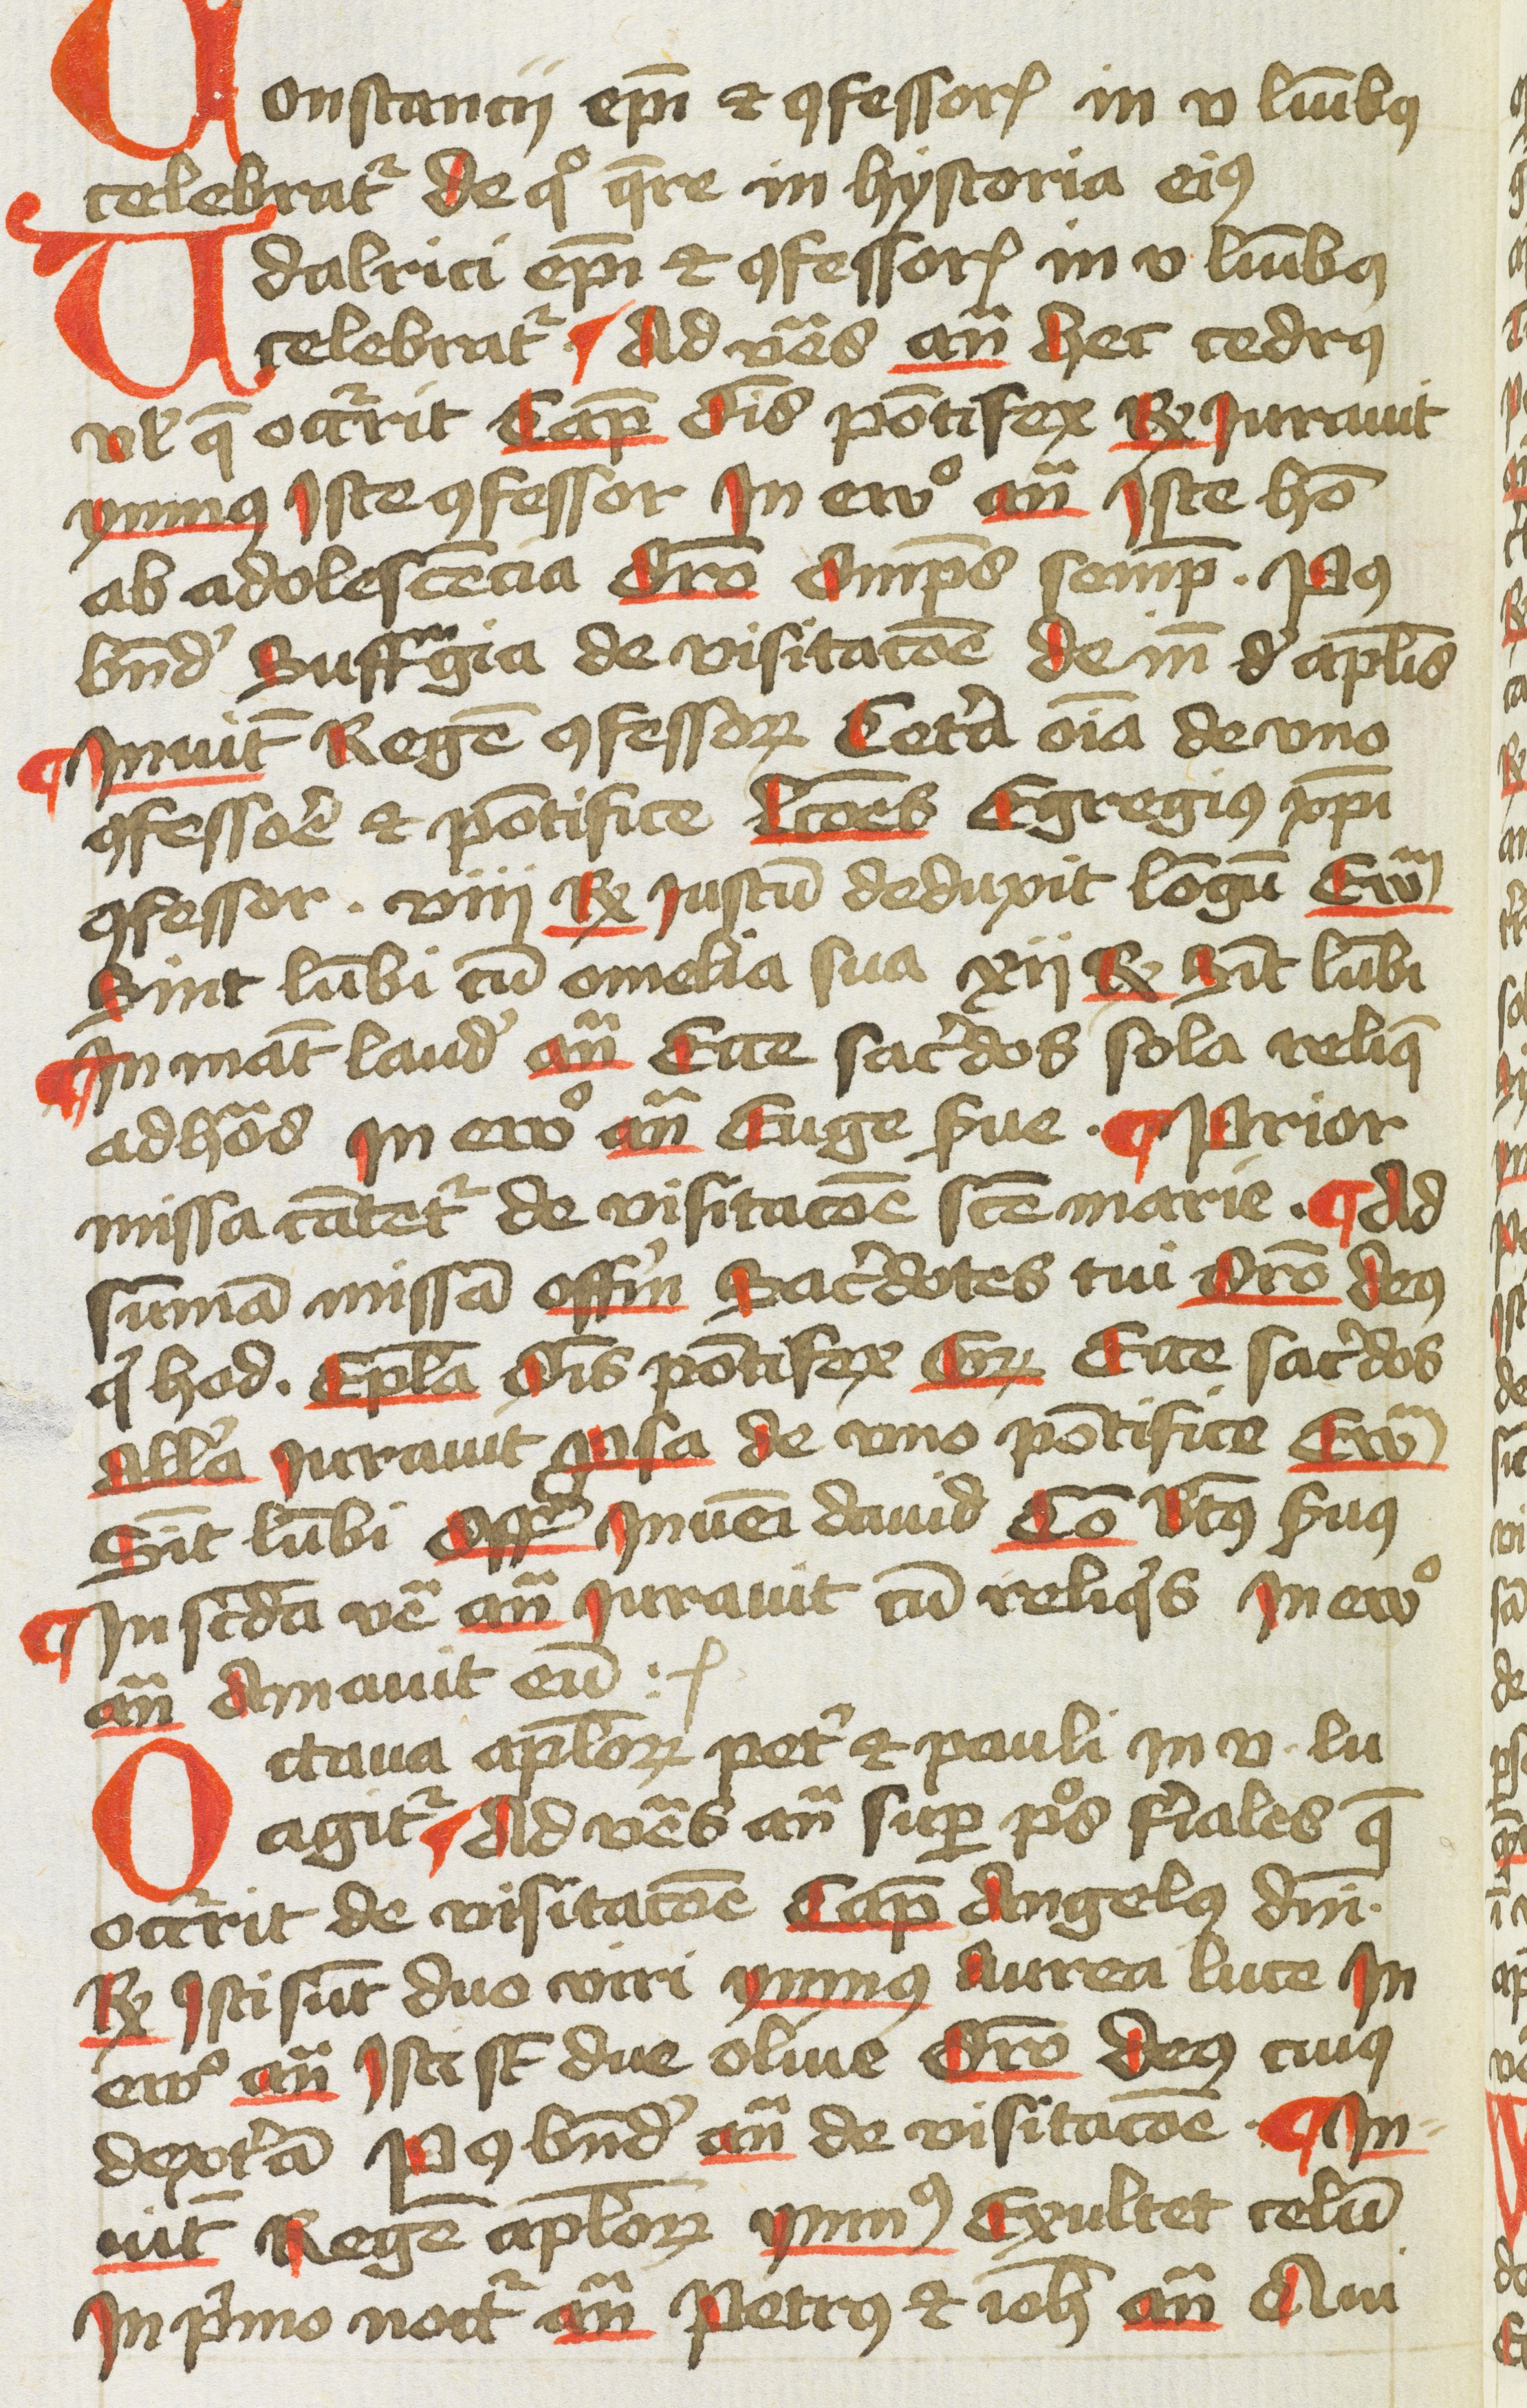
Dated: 1400–1499